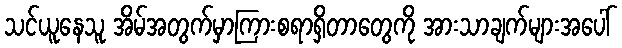
သင်ယူနေသူ အိမ်အတွက်မှာကြားစရာရှိတာတွေကို အားသာချက်များအပေါ်